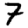
Digit: 7